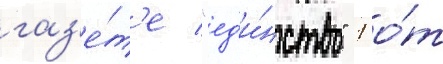
газ'е́т'е "ед'и́нство" 1 о́т